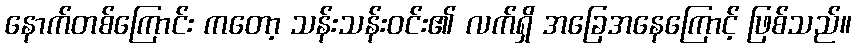
နောက်တစ်ကြောင်း ကတော့ သန်းသန်းဝင်း၏ လက်ရှိ အခြေအနေကြောင့် ဖြစ်သည်။